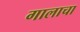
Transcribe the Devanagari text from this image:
गालाचा